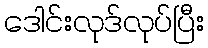
ဒေါင်းလုဒ်လုပ်ပြီး